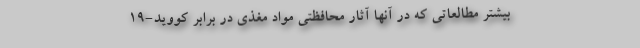
بیشتر مطالعاتی که در آنها آثار محافظتی مواد مغذی در برابر کووید-19